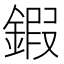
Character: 鍜